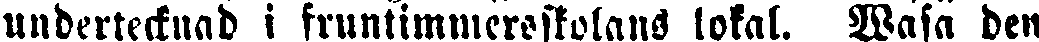
undertecknad i fruntimmersskolans lokal. Wasa den